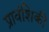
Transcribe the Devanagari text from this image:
प्रावंशिकी